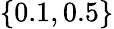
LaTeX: \{ 0.1,0.5\}